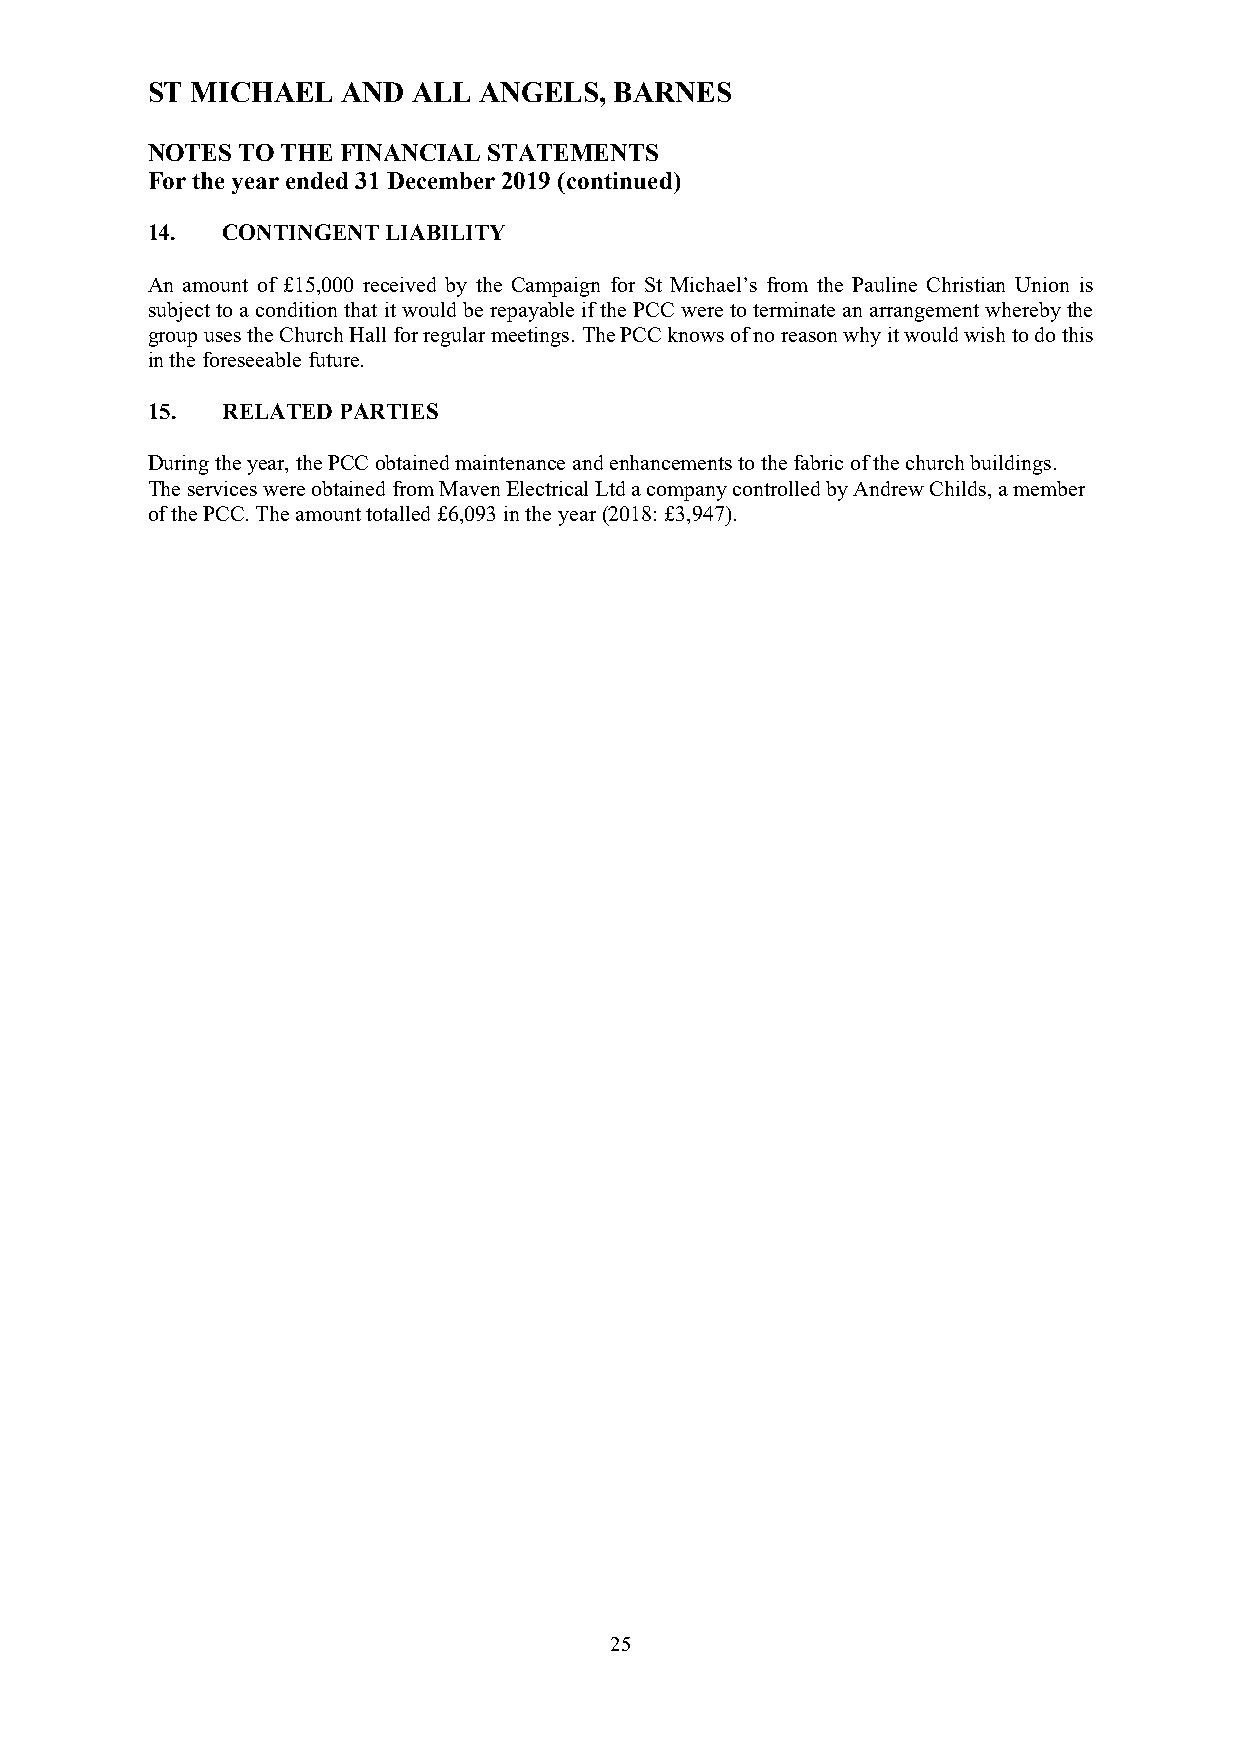
ST MICHAEL   AND ALL  ANGELS,  BARNES
 NOTES TO THE FINANCIAL STATEMENTS
 For the year ended 31 December 2019 (continued)
 14.  CONTINGENT LIABILITY
 An amount of £15,000 received by the Campaign for St Michael’s from the Pauline Christian Union is
 subject to a condition that it would be repayable if the PCC were to terminate an arrangement whereby the
 group uses the Church Hall for regular meetings. The PCC knows of no reason why it would wish to do this
 in the foreseeable future.
 15.  RELATED PARTIES
 During the year, the PCC obtained maintenance and enhancements to the fabric of the church buildings.
 The services were obtained from Maven Electrical Ltd a company controlled by Andrew Childs, a member
 of the PCC. The amount totalled £6,093 in the year (2018: £3,947).
 25